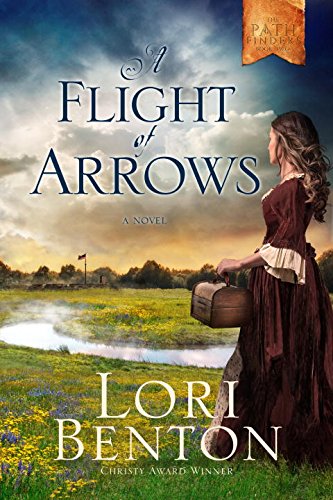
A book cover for A Flight of Arrows: A Novel (The Pathfinders); Lori Benton; Romance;